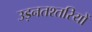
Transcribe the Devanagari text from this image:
उड़नतश्तरियों